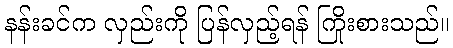
နန်းခင်က လှည်းကို ပြန်လှည့်ရန် ကြိုးစားသည်။